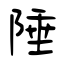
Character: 陲